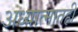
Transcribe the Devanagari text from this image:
अध्यात्मातही